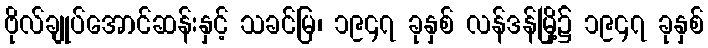
ဗိုလ်ချုပ်အောင်ဆန်းနှင့် သခင်မြ၊ ၁၉၄၇ ခုနှစ် လန်ဒန်မြို့၌ ၁၉၄၇ ခုနှစ်